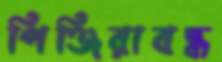
পিঞ্জিরাবদ্ধ